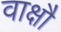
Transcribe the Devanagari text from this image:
वाक्षौ